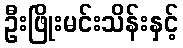
ဦးဖြိုးမင်းသိန်းနှင့်